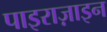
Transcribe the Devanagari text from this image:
पाइराज़ाइन